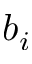
b _ { i }